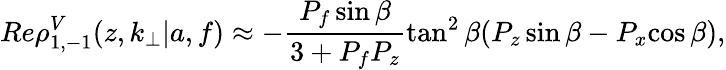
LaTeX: Re\rho_{1,-1}^{V}(z,k_{\perp}|a,f)\approx-\frac{P_{f}\sin{\beta}}{3+P_{f}P_{z}}\tan^{2}{\beta}(P_{z}\sin{\beta}-P_{x}{\cos{\beta}}),